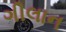
ગીલાન